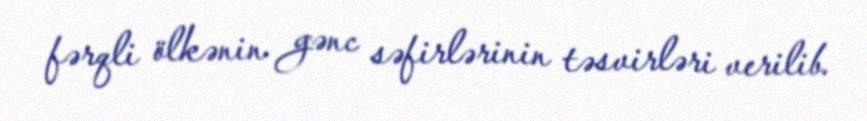
fərqli ölkənin gənc səfirlərinin təsvirləri verilib.